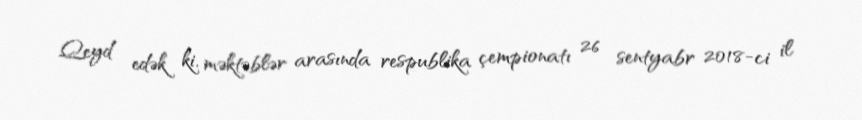
Qeyd edək ki, məktəblər arasında respublika çempionatı 26 sentyabr 2018-ci il